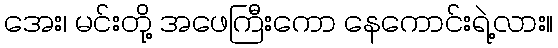
အေး၊ မင်းတို့ အဖေကြီးကော နေကောင်းရဲ့လား။